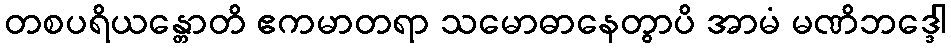
တစပရိယန္တောတိ ဧကမာတရာ သမောဓာနေတွာပိ အာမံ မဏိဘဒ္ဒေါ